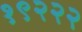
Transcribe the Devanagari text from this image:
१९२२२